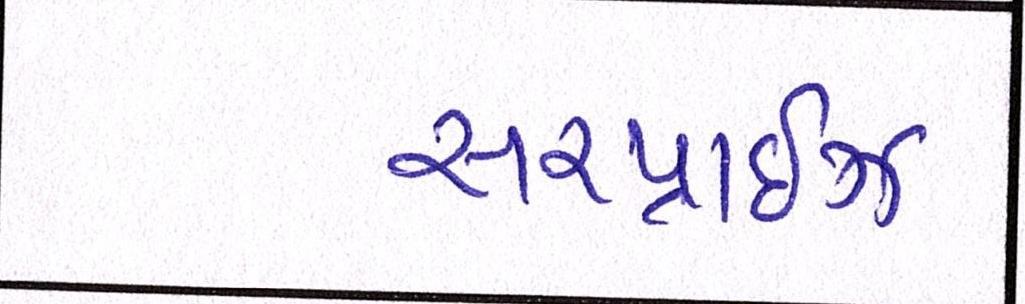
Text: સરપ્રાઇઝ